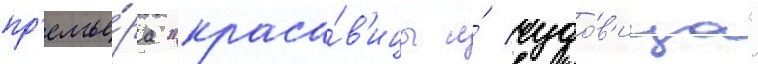
пр'емье́ра "краса́в'ицы и́ чудо́в'ища"